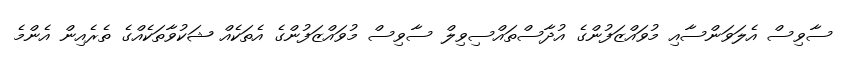
ސާވިސް އެލަވަންސާއި މުވައްޒަފުންގެ އުދާސްތައްސިވިލް ސާވިސް މުވައްޒަފުންގެ އެތަކެއް ޝަކުވާތަކެއްގެ ތެރެއިން އެންމެ